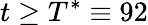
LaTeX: t\geq T^{*}\equiv 92